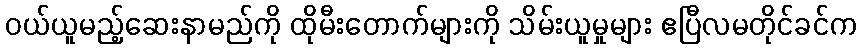
ဝယ်ယူမည့်ဆေးနာမည်ကို ထိုမီးတောက်များကို သိမ်းယူမှုများ ဧပြီလမတိုင်ခင်က